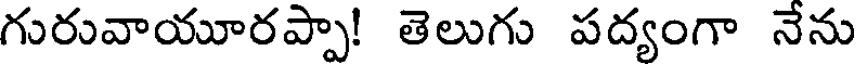
గురువాయూరప్పా! తెలుగు పద్యంగా నేను